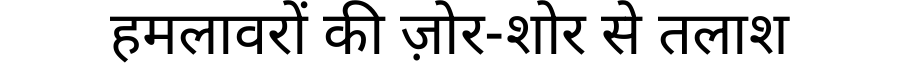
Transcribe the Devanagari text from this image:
हमलावरों की ज़ोर-शोर से तलाश